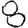
Digit: 8